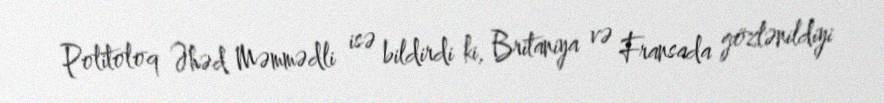
Politoloq Əhəd Məmmədli isə bildirdi ki, Britaniya və Fransada gözlənildiyi